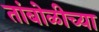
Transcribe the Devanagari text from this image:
तांबोळीच्या